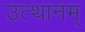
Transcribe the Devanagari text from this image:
उत्थानम्